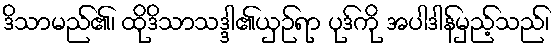
ဒိသာမည်၏၊ ထိုဒိသာသဒ္ဒါ၏ယှဉ်ရာ ပုဒ်ကို အပါဒါန်မှည့်သည်၊